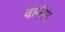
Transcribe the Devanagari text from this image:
वार्मस